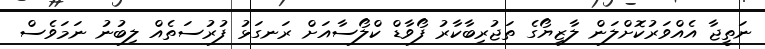
ނަތީޖާ އެއްވަރުކޮށްލަން ލާޒިޔޯގެ ތަޖުރިބާކާރު ފޯވާޑް ކްލޯސާއަށް ރަނގަޅު ފުރުސަތެއް ލިބުނު ނަމަވެސް